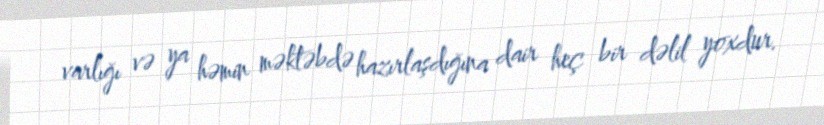
varlığı və ya həmin məktəbdə hazırlaşdığına dair heç bir dəlil yoxdur.